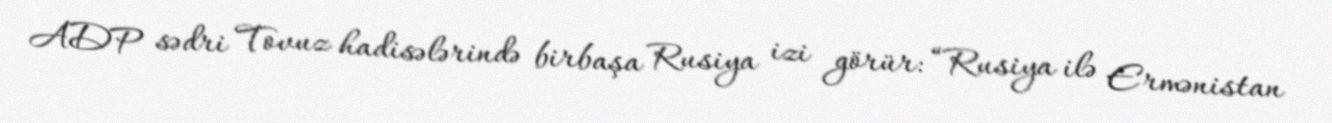
ADP sədri Tovuz hadisələrində birbaşa Rusiya izi görür: “Rusiya ilə Ermənistan